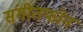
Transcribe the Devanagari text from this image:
संगीतफोन